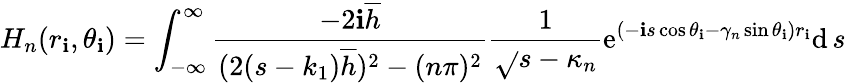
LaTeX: H_{n}(r_{\mathbf{i}},\theta_{\mathbf{i}})=\int_{-\infty}^{\infty}\frac{{-2\mathrm{{\mathbf{i}}}\overline{{{h}}}}}{{(2(s-k_{1})\overline{{{h}}})^{2}-(n\pi)^{2}}}\frac{{1}}{{\sqrt{}{{s-\kappa_{n}}}}}\mathrm{{e}}^{(-\mathbf{i}s\cos\theta_{\mathbf{i}}-\gamma_{n}\sin\theta_{\mathbf{i}})r_{\mathbf{i}}}\mathrm{{d}}\, s